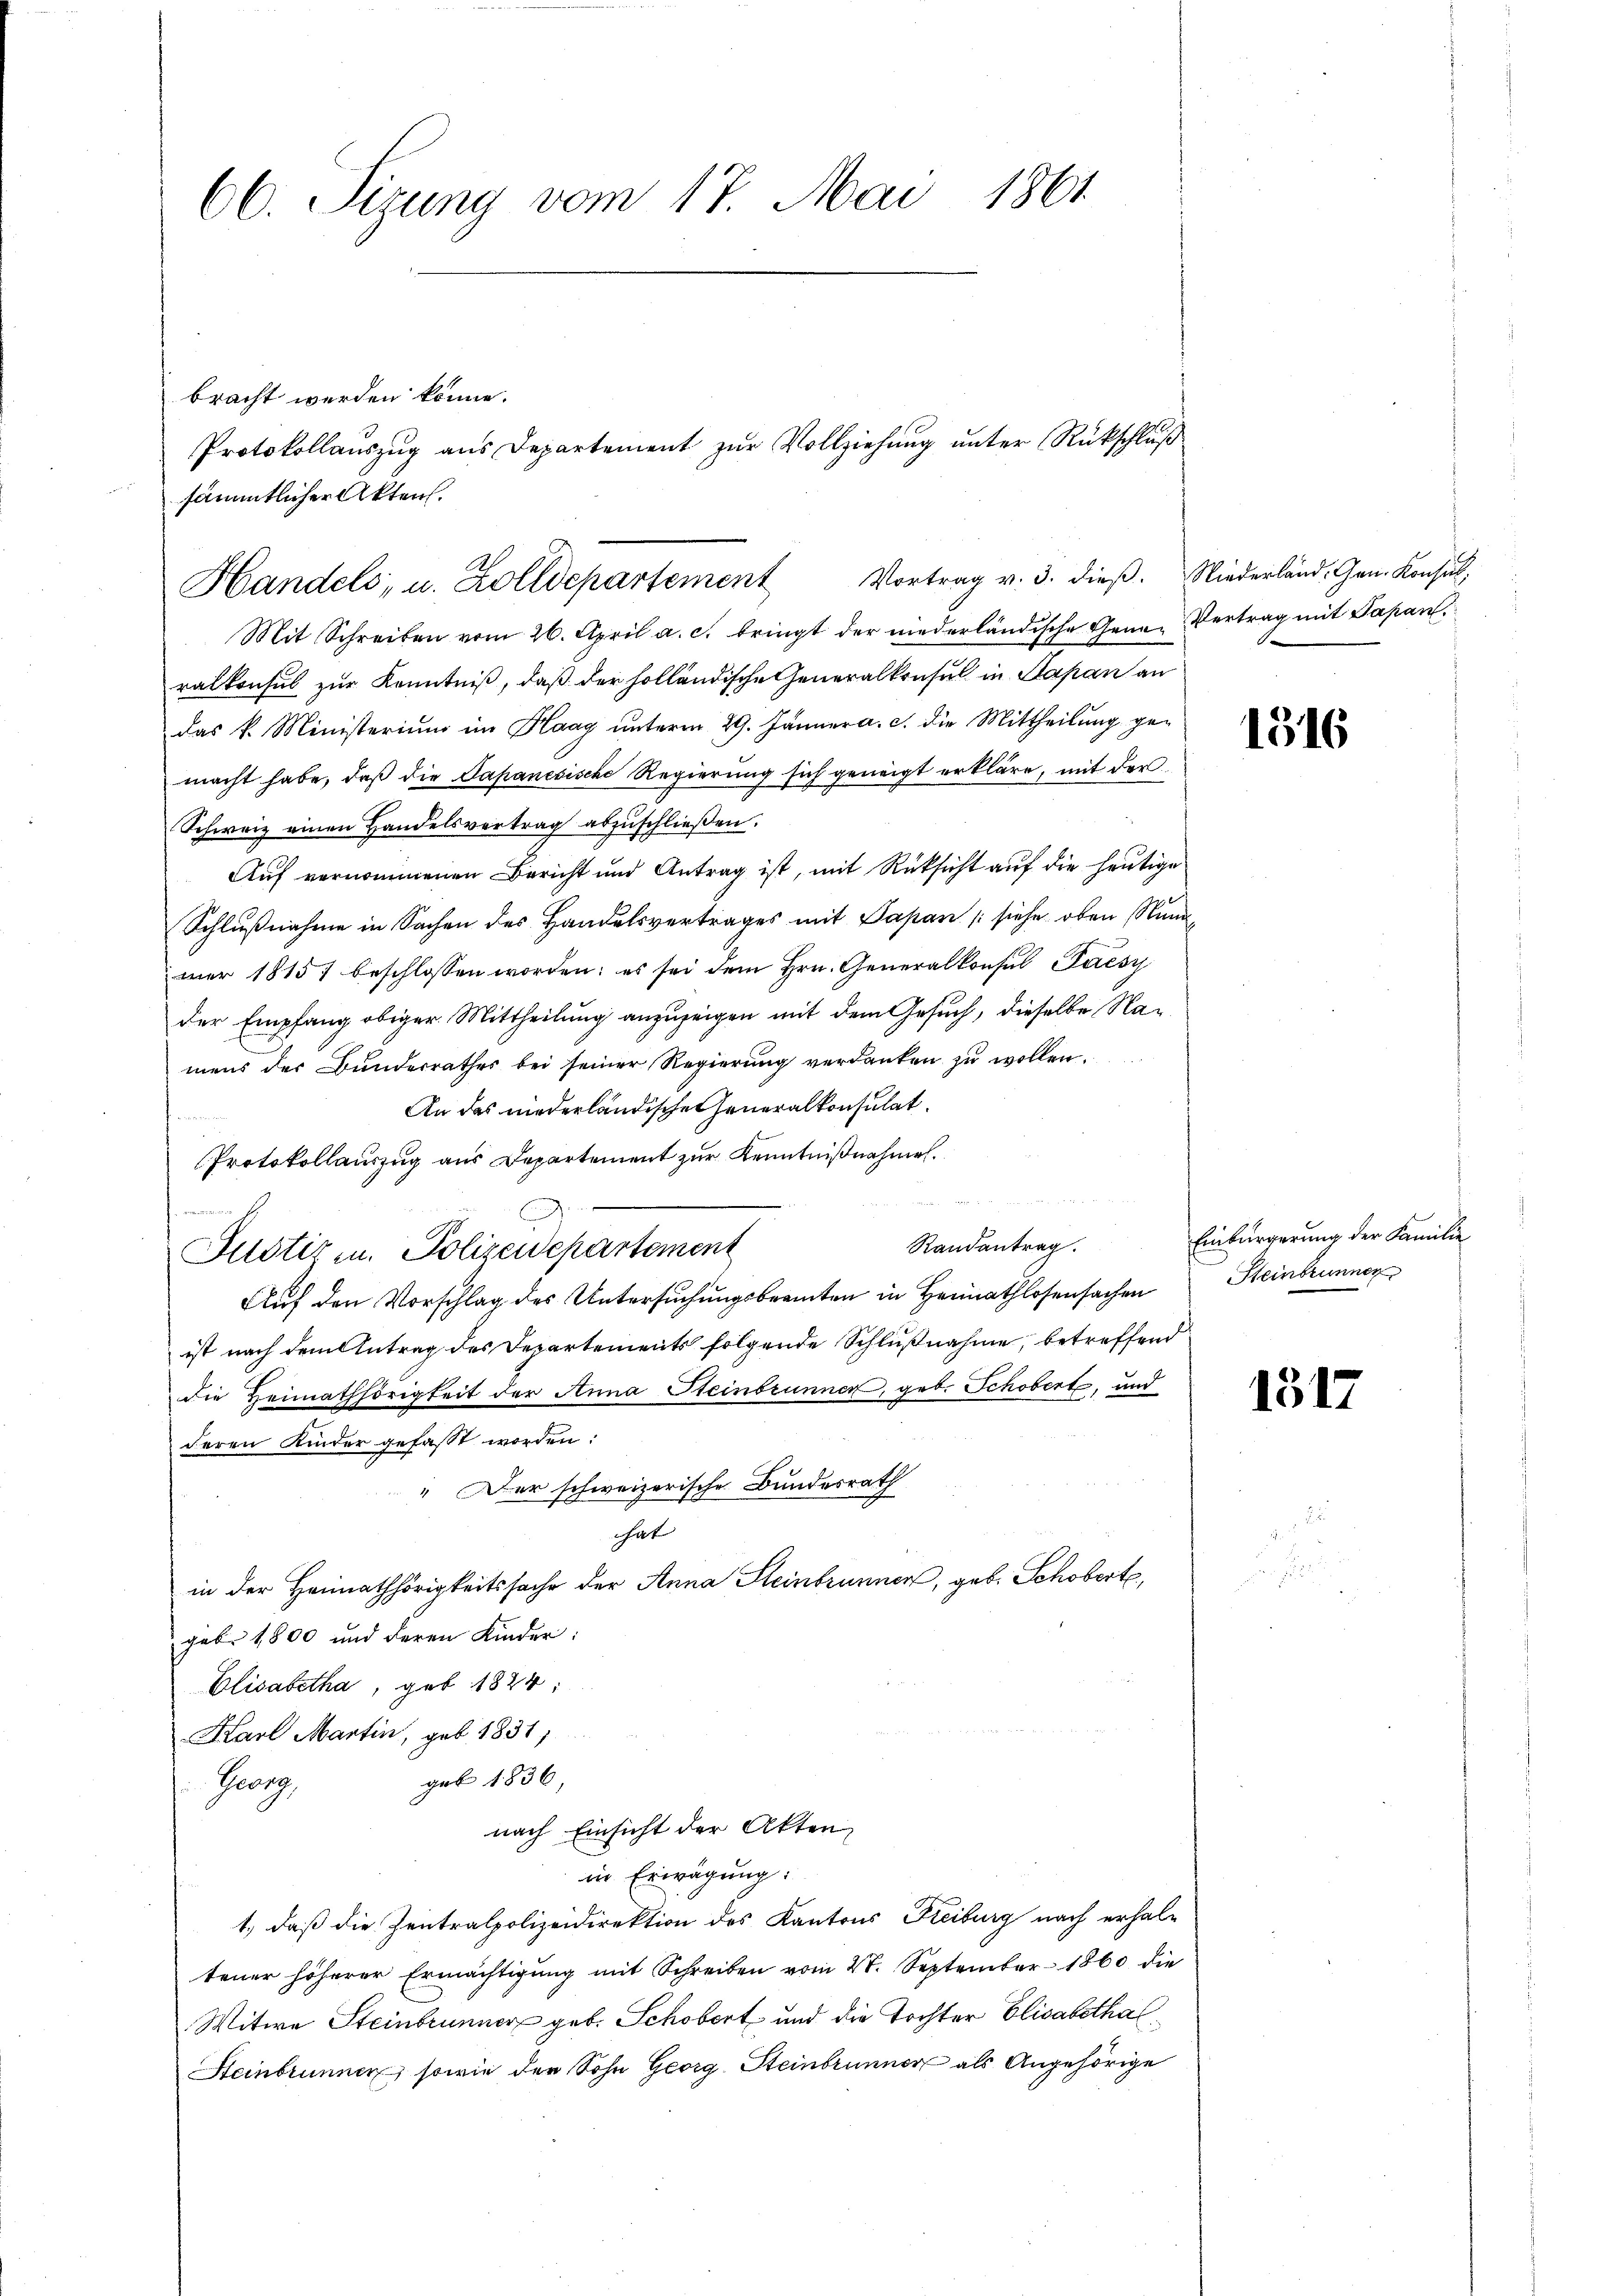
66. Sizung vom 17. Mai 1861

bracht werden könne.
sämmtlicher Akten.

Handels, u. Zolldepartement Vortrag v. 3. dieβ. Niederländ. Gen. Konsul,

Protokollauszug aus Departement zur Vollziehung unter Rückschluß

Mit Schreiben vom 26. April a. c. bringt der niederländische Gene-Vertrag mit Papan,
ralkonsul zur Kenntniß, daß der holländische Generalkonsul in Sapan an
das k. Ministerium im Haag unterm 29. Jänner a. c. die Mittheilung ge-
macht habe, daß die Papanesische Regierung sich geneigt erkläre, mit der
Schweiz einen Handelsvertrag abzuschließen.
Auf vernommenen Bericht und Antrag ist, mit Rücksicht auf die heutige
Schlußnahme in Sachen des Handelsvertrages mit Papan (siehe oben Standmer 1815 beschlossen worden; es sei dem Hrn. Generalkonsul Paesy
der Empfang obiger Mittheilung anzuzeigen mit dem Gesuch, dieselbe Namens der Bunderrathes bei seiner Regierŭng verdanken zŭ wollen.
An das niederländischen Generalkonsulat
Protokollauszug aus Departement zur Kenntnißnahmen.
Randantrag.
Justiz u. Polizeidepartement
Auf den Vorschlag des Untersuchungsbeamten in Heimathlosensachen
ist nach dem Antrag des Departements folgende Schlußnahme, betreffend
Die Heimathörigkeit der Anna Steinbrunnen, geb. Schobert, und
deren Kinder gefasst worden:
" Der schweizerische Bundesrath
hat
in der Heimathörigkeitssache der Anna Steinbrunnen, geb. Schobert,
geb. 1800 und deren Kinder:
Elisabetha, geb. 1824:
Karl Martin, geb. 1831,
geb 1836,
Georg
nach Einsicht der Akten,
in Erwägung:
1., daß die Zentralpolizeidirektion des Kantons Freiburg nach erhaltener höherer Ermächtigung mit Schreiben vom 28. September 1860 die
Witwe Steinbrunner geb. Schöbort und die Tochter Elisabethal¬
Steinbrunnen, sowie der Sohn Georg Steinbrunner als Angehörige

1316

Einbürgerung der Familie
Steinbrunnen

1317